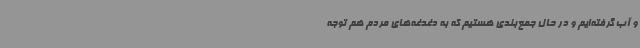
و آب گرفته‌ایم و در حال جمع‌بندی هستیم که به دغدغه‌های مردم هم توجه